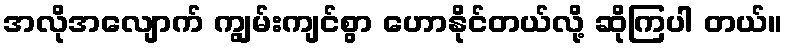
အလိုအလျောက် ကျွမ်းကျင်စွာ ဟောနိုင်တယ်လို့ ဆိုကြပါ တယ်။